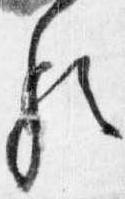
歟